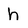
Character: h